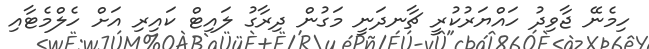
ހިމެނޭ ޖާވިދު ހައްޔަރުކުރީ ޗާނދަނީ މަގުން ދިރާގު ލައިޓް ކައިރި އަށް ހެލްމެޓާއި